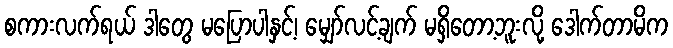
စကားလက်ရယ် ဒါတွေ မပြောပါနှင့်၊ မျှော်လင့်ချက် မရှိတော့ဘူးလို့ ဒေါက်တာမိက